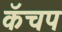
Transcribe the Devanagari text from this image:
कॅचप